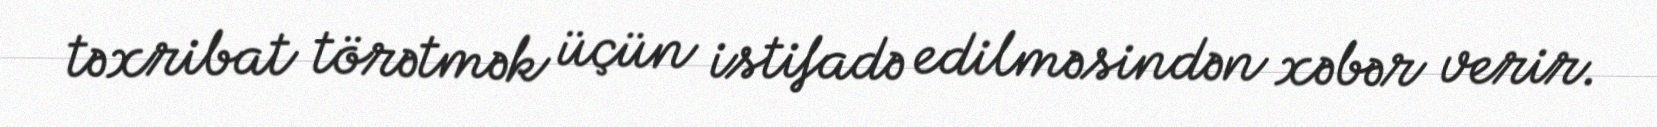
təxribat törətmək üçün istifadə edilməsindən xəbər verir.